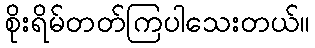
စိုးရိမ်တတ်ကြပါသေးတယ်။